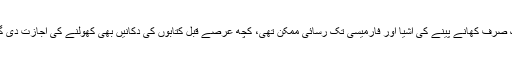
ابھی تک صرف کھانے پینے کی اشیا اور فارمیسی تک رسائی ممکن تھی، کچھ عرصے قبل کتابوں کی دکانیں بھی کھولنے کی اجازت دی گئی تھی۔